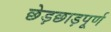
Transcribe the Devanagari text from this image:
छेड़छाड़पूर्ण